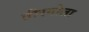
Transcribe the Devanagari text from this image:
तीरगोला